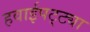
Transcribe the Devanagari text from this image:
हवाईपट्ट्या